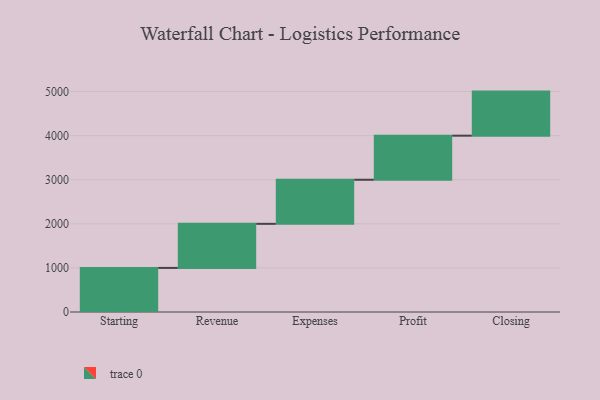
{"axis": {"x": "Step", "y": "Value"}, "legend": [""], "data": [{"x": "Starting", "y": 1000, "type": ""}, {"x": "Revenue", "y": 1000, "type": ""}, {"x": "Expenses", "y": 1000, "type": ""}, {"x": "Profit", "y": 1000, "type": ""}, {"x": "Closing", "y": 1000, "type": ""}]}